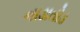
નાડાતોડ